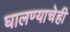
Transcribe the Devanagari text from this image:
घालण्‍याचेही